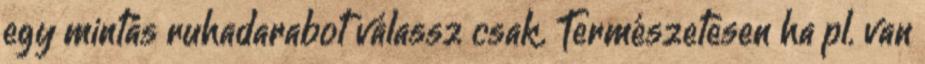
egy mintás ruhadarabot válassz csak. Természetesen ha pl. van